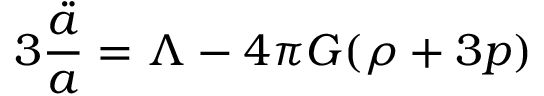
3 { \frac { \ddot { a } } { a } } = \Lambda - 4 \pi G ( \rho + 3 p )